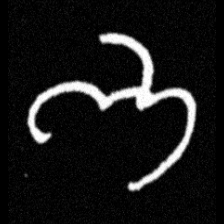
Pyu character \u2014 Myanmar letter: ဘ (romanized: bha)